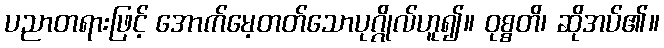
ပညာတရားဖြင့် အောက်မေ့တတ်သောပုဂ္ဂိုလ်ဟူ၍။ ဝုစ္စတိ၊ ဆိုအပ်၏။